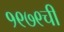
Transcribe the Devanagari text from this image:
१९७९ची